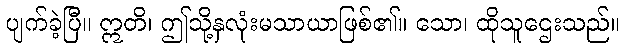
ပျက်ခဲ့ပြီ။ ဣတိ၊ ဤသို့နှလုံးမသာယာဖြစ်၏။ သော၊ ထိုသူဌေးသည်။